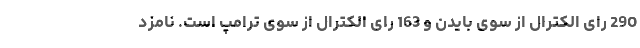
290 رای الکترال از سوی بایدن و 163 رای الکترال از سوی ترامپ است. نامزد